Annual vaccination report of Bihar and Orissa - 1911-1928
Year: 1911
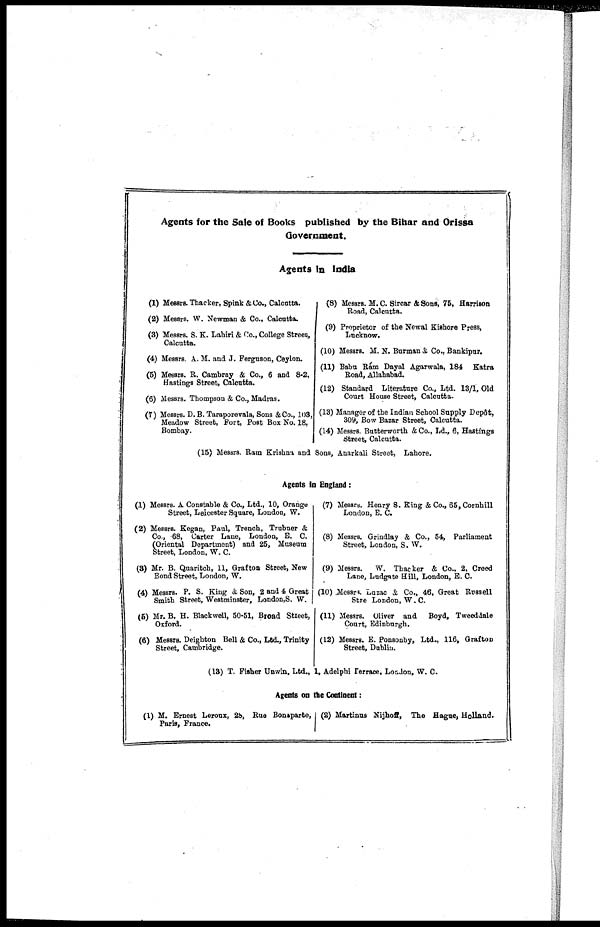
Agents for the Sale of Books published by the Bihar and Orissa
Government.
Agents in India
(1) Messrs. Thacker, Spink &Co., Calcutta.
(2) Messrs. W. Newman & Co., Calcutta.
(3) Messrs. S. K. Lahiri & Co., College Street,
Calcutta.
(4) Messrs. A. M. and J. Ferguson, Ceylon.
(5) Messrs. R. Cambray & Co., 6 and 8-2,
Hastings Street, Calcutta.
(6) Messrs. Thompson & Co., Madras.
(7) Messrs. D.B. Taraporevala, Sons &Co., 103,
Meadow Street, Fort, Post Box No. 18,
Bombay.
(8) Messrs. M.C. Sircar & Sons, 75, Harrison
Road, Calcutta.
(9) Proprietor of the Newal Kishore Press,
Lucknow.
(10) Messrs. M. N. Burman & Co., Bankipur.
(11) Babu Rám Dayal Agarwala, 184 Katra
Road, Allahabad.
(12) Standard Literature Co., Ltd. 13/1, Old
Court House Street, Calcutta.
(13) Manager of the Indian School Supply Depôt,
309, Bow Bazar Street, Calcutta.
(14) Messrs. Butterworth &Co., Ld., 6, Hastings
Street, Calcutta.
(15) Messrs. Ram Krishna and Sons, Anarkali Street, Lahore.
Agents in England:
(1) Messrs. A Constable & Co., Ltd., 10, Orange
Street, Leicester Square, London, W.
(2) Messrs. Kegan, Paul, Trench, Trubuer &
Co., 68, Carter Lane, London, E. C.
(Oriented Department) and 25, Museum
Street, London, W. C.
(3) Mr. B. Quaritch, 11, Grafton Street, New
Bond Street, London, W.
(4) Messrs. P. S. King & Son, 2 and 4 Great
Smith Street, Westminster, London, S. W.
(5) Mr. B. H. Blackwell, 50-51, Broad Street,
Oxford.
(6) Messrs. Deighton Bell & Co., Ltd., Trinity
Street, Cambridge.
(7) Messrs. Henry S. King & Co., 65, Cornhill
London, E. C.
(8) Messrs. Grindlay & Co., 54, Parliament
Street, London, S. W.
(9) Messrs.
W. Thacker & Co., 2, Creed
Lane, Ludgate Hill, London, E. C.
(10) Messrs. Luzac & Co., 46, Great Russell
Stre London, W.C.
(11) Messrs. Oliver and
Boyd, Tweeddale
Court, Edinburgh.
(12) Messrs. E. Ponsonby, Ltd., 116, Grafton
Street, Dublin.
(13) T. Fisher Unwin, Ltd., 1, Adelphi Terrace, London, W. C.
Agents on the Continent:
(1) M. Ernest Leroux, 28, Rue Bonaparte,
Paris, France.
(2) Martinus Nijhoff, The Hague, Holland.